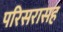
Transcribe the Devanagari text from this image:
परिसरासह